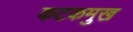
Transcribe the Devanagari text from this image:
कटकमुख